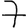
Digit: 7